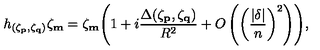
h _ { ( \zeta _ { \bf p } , \zeta _ { \bf q } ) } \zeta _ { \bf m } = \zeta _ { \bf m } \Biggl ( 1 + i \frac { \Delta ( \zeta _ { \bf p } , \zeta _ { \bf q } ) } { R ^ { 2 } } + O \left( \biggl ( \frac { | \mathrm { \boldmath \delta } | } { n } \biggr ) ^ { 2 } \right) \Biggr ) ,